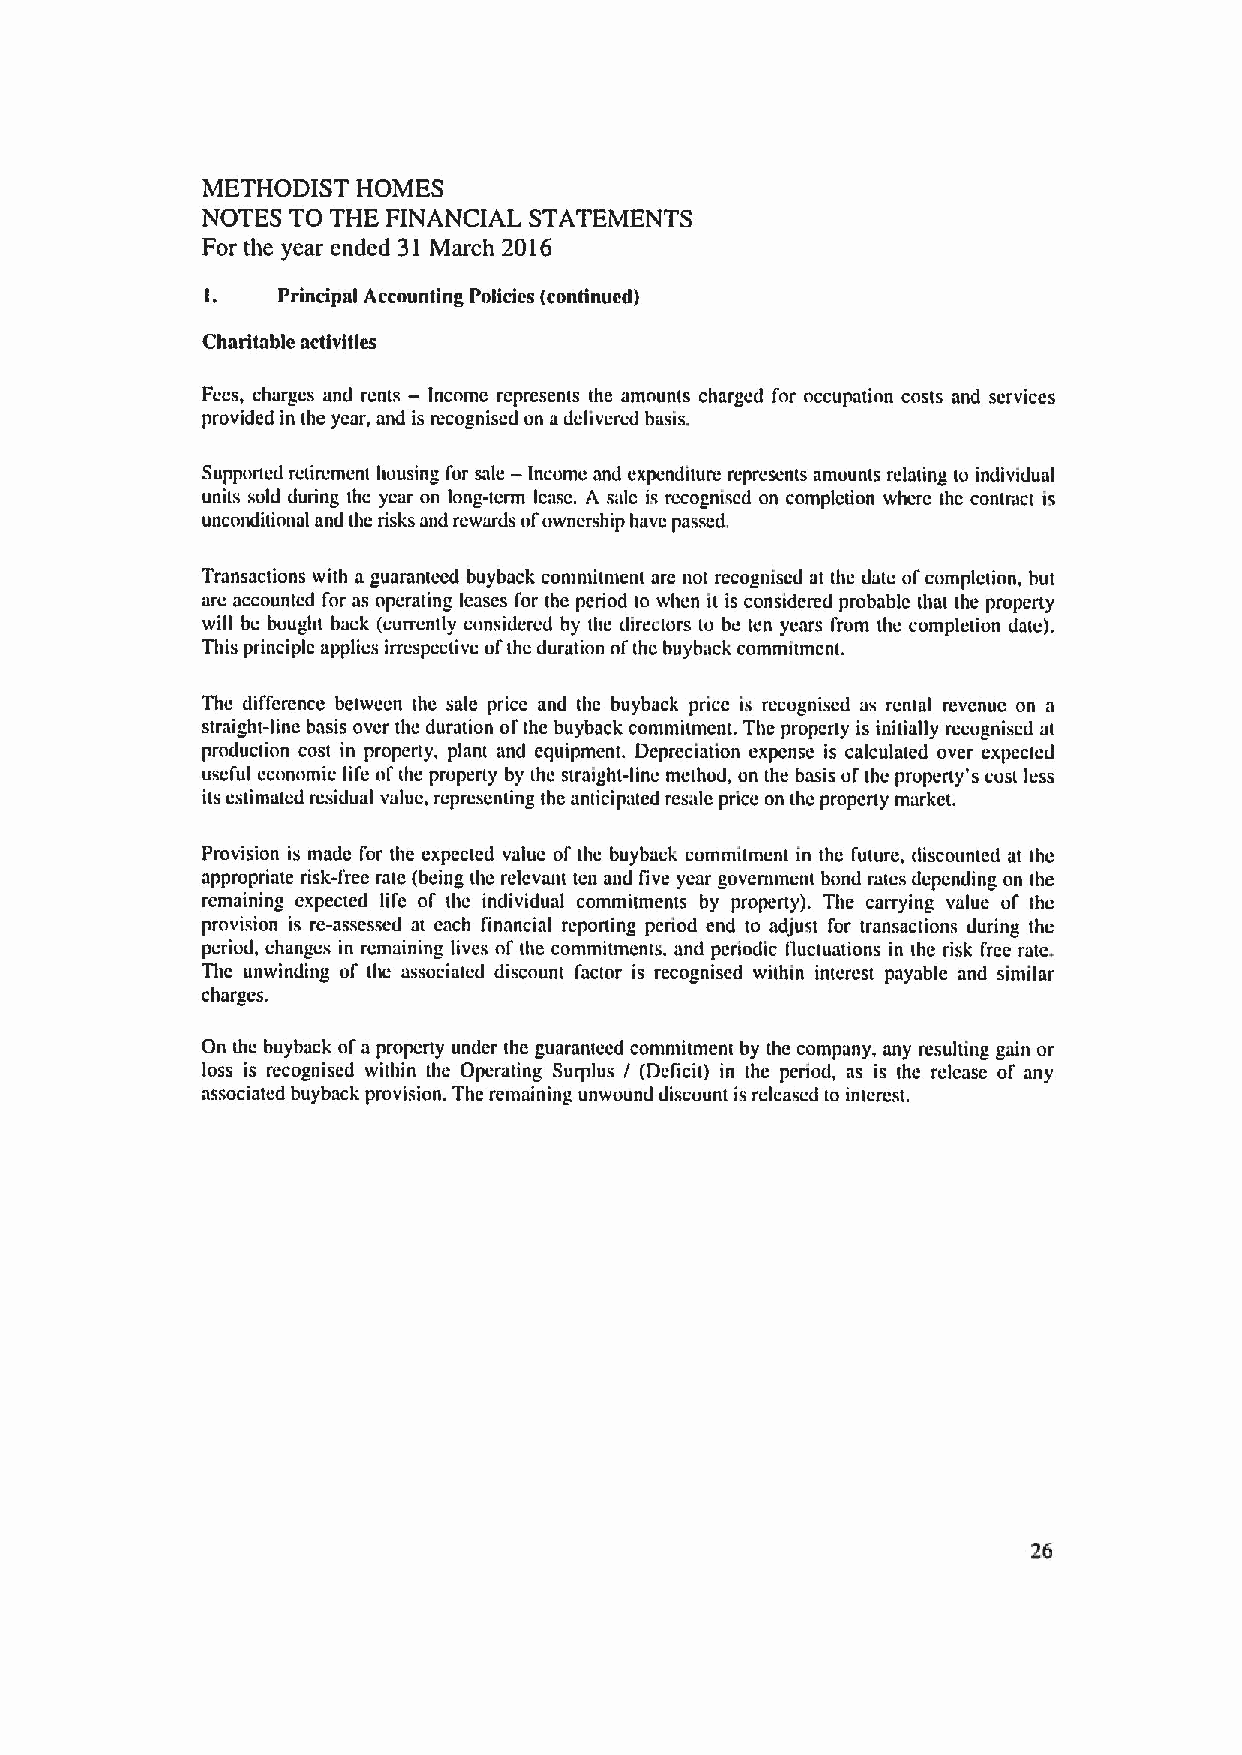
METHODIST  HOMES
 NOTES TO THE FINANCIAL STATEMENTS
 For the year ended 31 March 2016
 1.  Principal Accounting Policies (continued)
 Charitable activities
 Fees, charges and rents — Income represents the amounts charged for occupation costs and scrviccs
 provided in the year, and is recognised on adelivered basis.
 —
 Supponed retirement housing for sale Income and expenditure represents amuunts relating to individual
 units sold during thc year on long-term Icasc. A uric is rccogniscd on completion whcrc thc contract is
 unconditional and the risks and rewards ofownership have passed.
 Transactions with a guaranteed buyback commitment are not recognised at the date ofcompletion, but
 are accounted for as operating leases for the period to when it is considered probable that the property
 will be bought back (currently considered by the directors to be tcn years I'rom the completion date).
 This principle applies irrcspcctivc ofthc duration ofthc buyback commitmcnt.
 The difference betwccn the sale price and the buyback price is recognised as rental revenue on a
 straight-line basis over thc duration ol' the buyback commitment. Thc property is initially recognised at
 production cost in property, plant and equipment. Depreciation expense is calculated over expcctcd
 usel'ul economic lil'e ol' (he property by the straight-linc method, on the basis ol' the property's cost less
 its estimated residual value, representing the anticipated resnle price on thc property market.
 Provision is made I'or the expected value of the buyback commitment in thc I'uture, discounted at the
 appropriate risk-free rate (being the relevant ten and five year government bond rates depending on the
 remaining expected life ol thc individual commitments by property). The carrying value ol' the
 provision is re-assessed at each financial reporting period end to adjust for transactions during the
 period, changes in remaining lives ol' the commitments, and periodic lluctuations in the risk I'rce rate,
 The unwinding of the associated discount factor is recognised within interest payable and similar
 charges.
 On the buyback ofa property under the guaranteed comntitment by the company, any resulting gain or
 loss is recognised within the Operating Surplus / (Deficit) in the period, as is the release of any
 associated buyback provision. The remaining unwound discount is released to interest.
 26